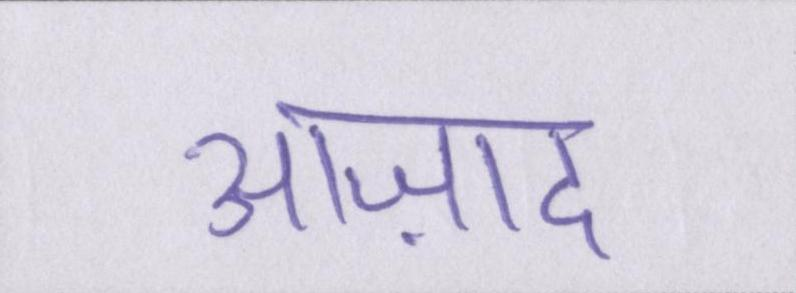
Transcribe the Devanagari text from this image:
आज़ाद